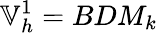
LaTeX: \mathbb{V}_{h}^{1}=BDM_{k}